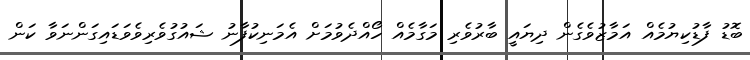
ބޮޑު ފާޑުކިޔުމެއް އަމާޒުވެގެން ދިޔައީ ބާރުވެރި މަގާމެއް ހޯއްދެވުމަށް އެމަނިކުފާނު ޝައުގުވެރިވެވަޑައިގަންނަވާ ކަން